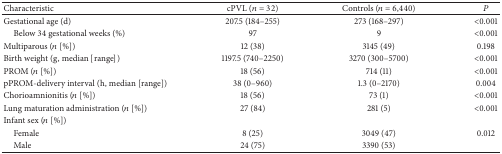
<table><thead><tr><td><b>Characteristic</b></td><td><b>cPVL (<i>n</i> = 32)</b></td><td><b>Controls (<i>n</i> = 6,440)</b></td><td><b><i>P</i></b></td></tr></thead><tbody><tr><td>Gestational age (d)</td><td>207.5 (184–255)</td><td>273 (168–297)</td><td>&lt;0.001</td></tr><tr><td> Below 34 gestational weeks (%)</td><td>97</td><td>9</td><td>&lt;0.001</td></tr><tr><td>Multiparous (<i>n</i> [%])</td><td>12 (38)</td><td>3145 (49)</td><td>0.198</td></tr><tr><td>Birth weight (g, median [range]) </td><td>1197.5 (740–2250)</td><td>3270 (300–5700)</td><td>&lt;0.001</td></tr><tr><td>PROM (<i>n</i> [%])</td><td>18 (56)</td><td>714 (11)</td><td>&lt;0.001</td></tr><tr><td>pPROM-delivery interval (h, median [range])</td><td>38 (0–960)</td><td>1.3 (0–2170)</td><td>0.004</td></tr><tr><td>Chorioamnionitis (<i>n</i> [%])</td><td>18 (56)</td><td>73 (1)</td><td>&lt;0.001</td></tr><tr><td>Lung maturation administration (<i>n</i> [%])</td><td>27 (84)</td><td>281 (5)</td><td>&lt;0.001</td></tr><tr><td>Infant sex (<i>n</i> [%])</td><td> </td><td> </td><td> </td></tr><tr><td> Female</td><td>8 (25)</td><td>3049 (47)</td><td>0.012</td></tr><tr><td> Male</td><td>24 (75)</td><td>3390 (53)</td><td> </td></tr></tbody></table>